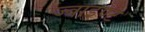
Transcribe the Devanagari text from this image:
ज्वाइण्ट